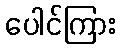
ပေါင်ကြား